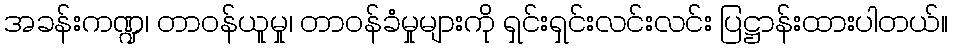
အခန်းကဏ္ဍ၊ တာဝန်ယူမှု၊ တာဝန်ခံမှုများကို ရှင်းရှင်းလင်းလင်း ပြဋ္ဌာန်းထားပါတယ်။